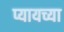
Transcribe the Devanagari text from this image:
प्यायच्या